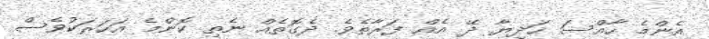
އެންމެ ހާއްސަ ހަދިޔާ ދޭ އެއް ފަރާތެވެ. ދެގޮތެއް ނެތި ކޮންމެ އަހަރަކުވެސް